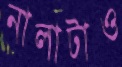
নালাটাও